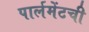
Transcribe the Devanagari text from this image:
पार्लमेंटची